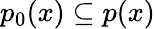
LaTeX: p_{0}(x)\subseteq p(x)